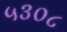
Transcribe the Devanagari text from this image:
५३०८